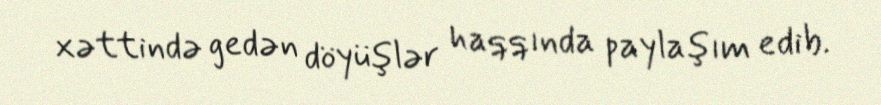
xəttində gedən döyüşlər haqqında paylaşım edib.